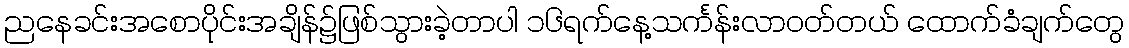
ညနေခင်းအစောပိုင်းအချိန်၌ဖြစ်သွားခဲ့တာပါ ၁၆ရက်နေ့သင်္ကန်းလာဝတ်တယ် ထောက်ခံချက်တွေ